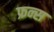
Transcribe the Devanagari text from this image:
फ्रन्स